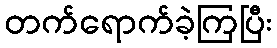
တက်ရောက်ခဲ့ကြပြီး